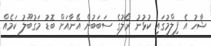
ޝާހު އެ ފިލްމުގައި ކުޅުނު ރޯލުގެ ސަބަބުން އޭނާއަށް ބޮޑު މަގުބޫލު ކަމެއް